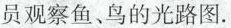
员观察鱼、鸟的光路图.